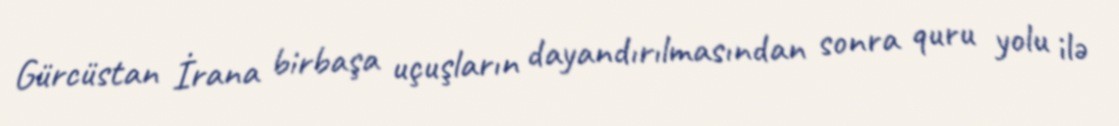
Gürcüstan İrana birbaşa uçuşların dayandırılmasından sonra quru yolu ilə